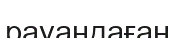
рауандаған